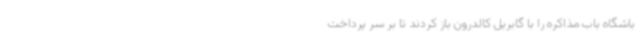
باشگاه باب مذاکره را با گابریل کالدرون باز کردند تا بر سر پرداخت